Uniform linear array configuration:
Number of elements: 8
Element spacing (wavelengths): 1
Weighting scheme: kaiser
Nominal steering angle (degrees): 45
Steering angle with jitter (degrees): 44.724
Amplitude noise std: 0.05
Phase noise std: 0.05

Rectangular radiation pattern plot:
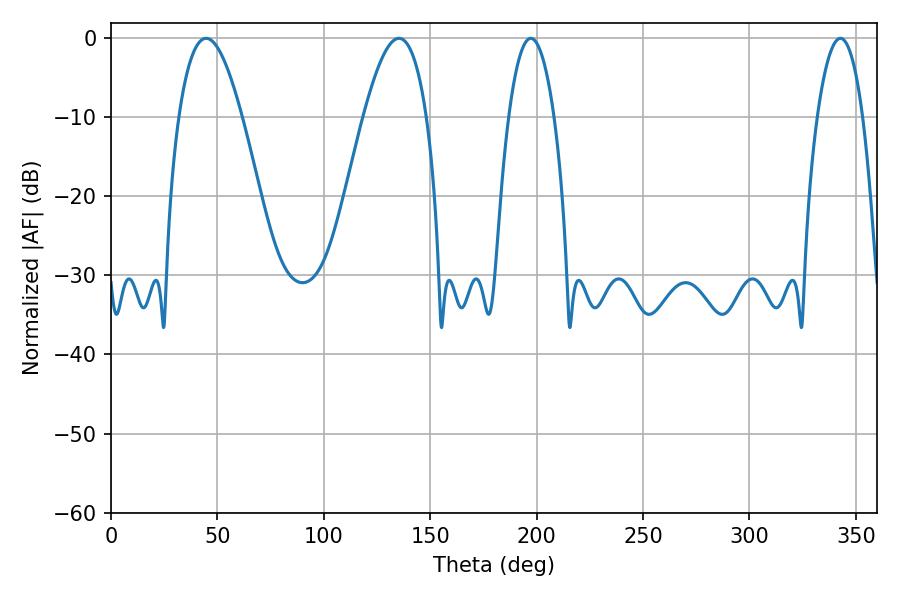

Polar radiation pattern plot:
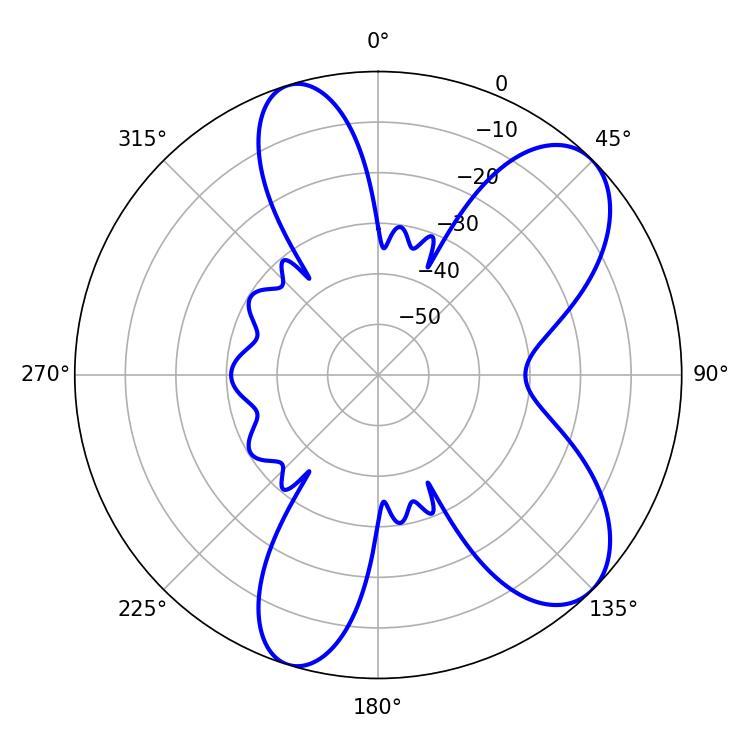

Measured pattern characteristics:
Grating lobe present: TRUE
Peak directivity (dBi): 8.186
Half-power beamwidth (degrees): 11.88
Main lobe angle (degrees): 197.28